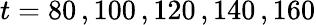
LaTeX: t=80\, ,100\, ,120\, ,140\, ,160